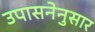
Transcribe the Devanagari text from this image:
उपासनेनुसार